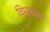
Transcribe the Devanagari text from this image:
विमलसभा